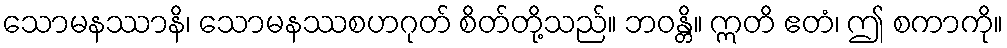
သောမနဿာနိ၊ သောမနဿစဟဂုတ် စိတ်တို့သည်။ ဘဝန္တိ။ ဣတိ ဧတံ၊ ဤ စကာကို။